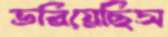
ভরিয়েছিস